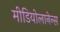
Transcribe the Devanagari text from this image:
मीडियोलानेन्स